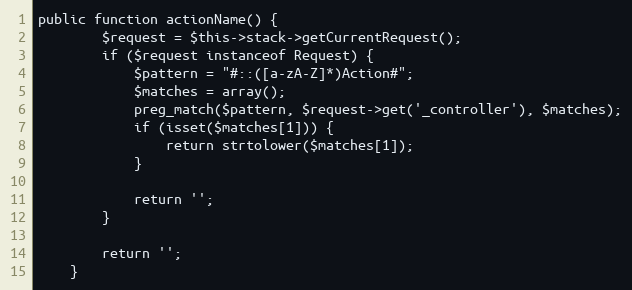
Language: PHP
public function actionName() {
        $request = $this->stack->getCurrentRequest();
        if ($request instanceof Request) {
            $pattern = "#::([a-zA-Z]*)Action#";
            $matches = array();
            preg_match($pattern, $request->get('_controller'), $matches);
            if (isset($matches[1])) {
                return strtolower($matches[1]);
            }

            return '';
        }

        return '';
    }